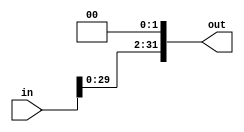
module ShiftLeft32(in, out);

	input [31:0]in;
	output reg [31:0]out;

	initial begin
		out <= 32'b00000000000000000000000000000000;
	end
	
	always @ (*)
		begin
			out <= in << 2;
		end
	
endmodule